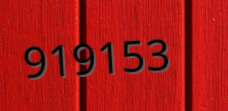
919153